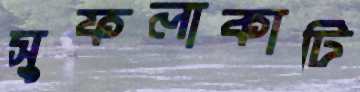
সুফলাকাটি